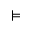
\vDash